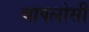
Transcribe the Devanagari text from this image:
चापलोसी